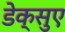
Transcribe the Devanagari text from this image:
डेक्सुए